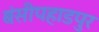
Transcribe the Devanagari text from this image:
बंसीपहाडपुर